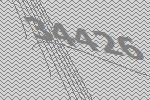
34426